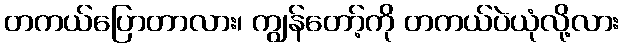
တကယ်ပြောတာလား၊ ကျွန်တော့်ကို တကယ်ပဲယုံလို့လား